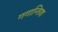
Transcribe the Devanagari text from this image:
गगान्तिजा